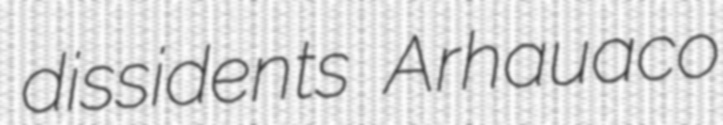
dissidents Arhauaco